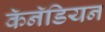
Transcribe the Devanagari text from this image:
कॅनॅडियन